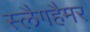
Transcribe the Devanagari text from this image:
स्लैगहैमर